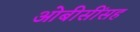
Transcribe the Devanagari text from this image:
ओबीसींसह